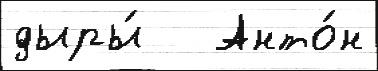
дыры́   Анто́н